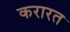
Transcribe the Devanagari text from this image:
करारत